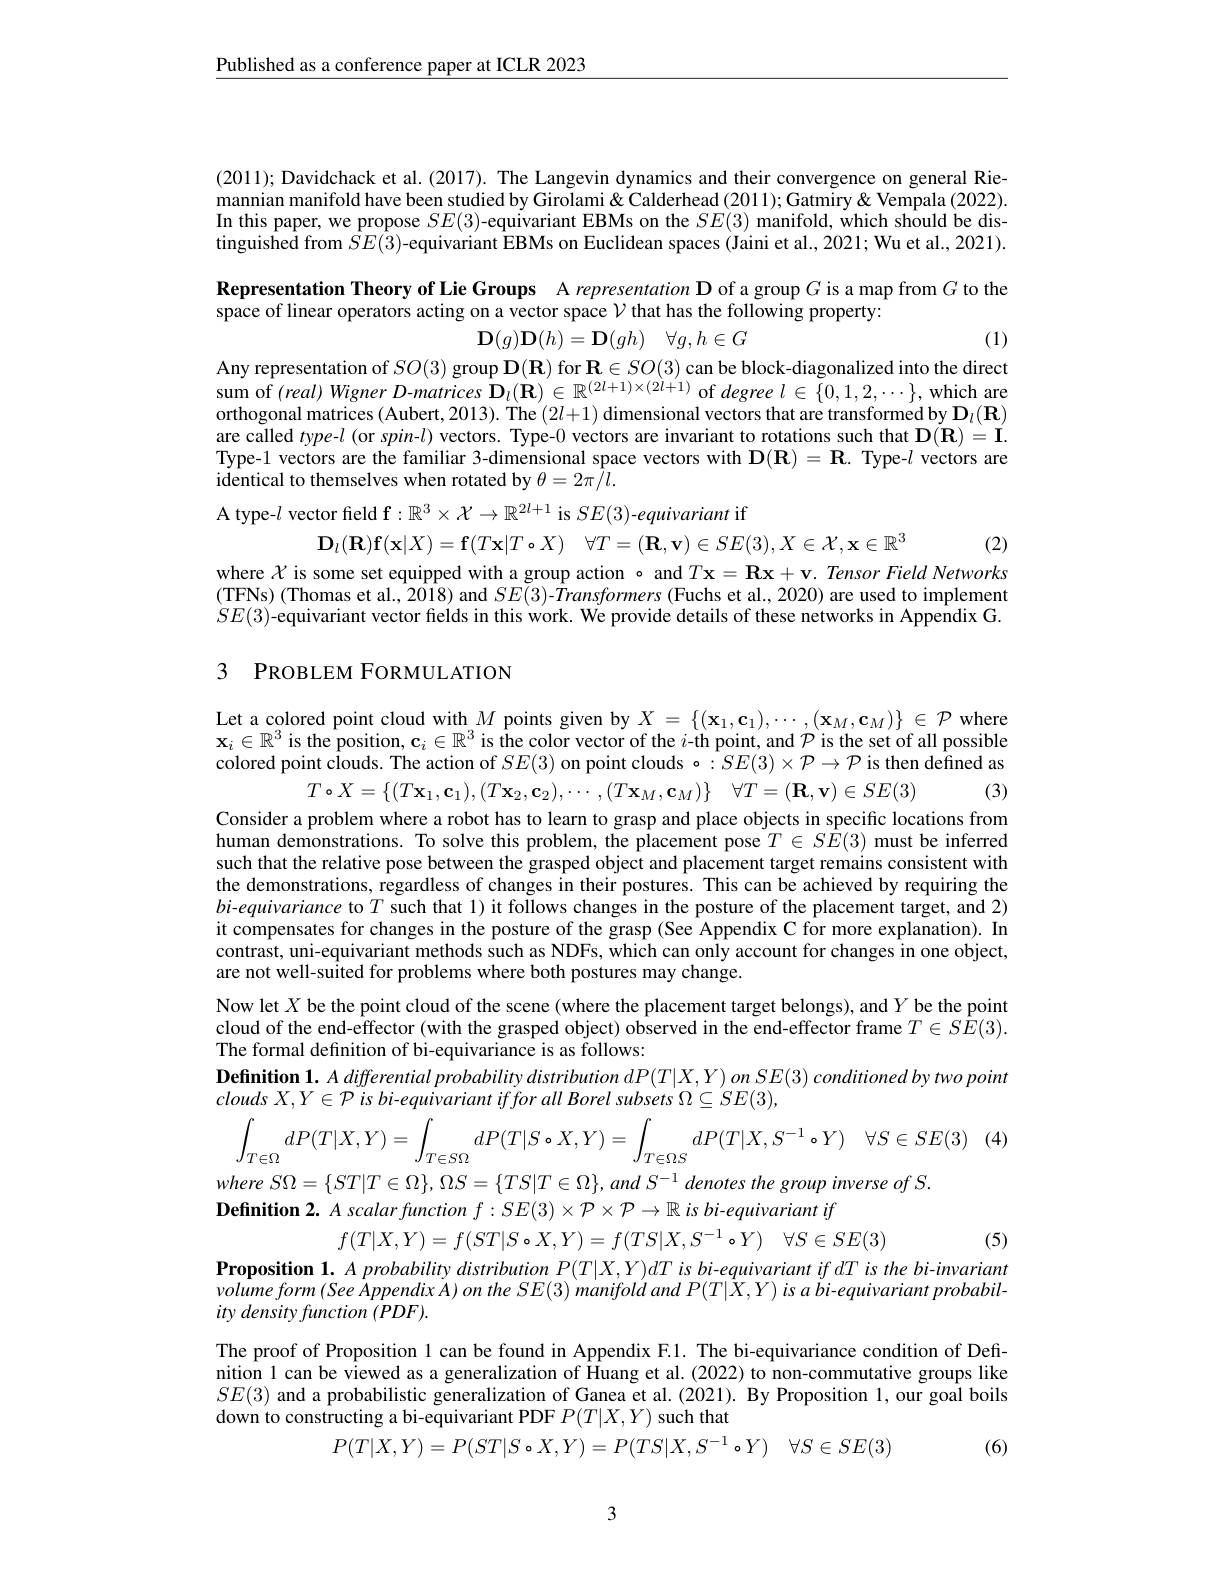
$\underline{\text{Published as a conference paper at ICLR 2023}}$

(2011); Davidchack et al. (2017). The Langevin dynamics and their convergence on general Riemannian manifold have been studied by Girolami& Calderhead (2011); Gatmiry & Vempala (2022). In this paper, we propose $SE(3)$-equivariant EBMs on the $SE(3)$ manifold, which should be distinguished from $\hat{S}E(3)$-equivariant ÊBMs on Euclidean spaces (Jaini et al., 2021; Wu et al., 2021).

Representation Theory of Lie Groups A representation D of a group $G$ is a map from $G$ to the

space of linear operators acting on a vector space $\mathcal{V}$ that has the following property:

(1)
$$\mathbf D(g)\mathbf D(h)=\mathbf D(gh)\quad\forall g,h\in G$$
Any representation of $SO(3)$ group $\mathbf{D}(\mathbf{R})$ for $\mathbf{R}\in SO(3)$ can be block-diagonalized into the direct sum of $(real)$ Wigner D-matrices $\mathbf{D}_l(\mathbf{R})\in\mathbb{R}^{(2l+1)\times(2l+1)}$ of degree $l\in \{ 0, 1, 2, \cdots \} $, which are orthogonal matrices (Aubert, 2013). The $(2l+1)$ dimensional vectors that are transformed by $\mathbf{D}_{l}(\mathbf{R})$ are called type-$l$ (or spin-$l$) vectors. Type-0 vectors are invariant to rotations such that $\mathbf{D}(\mathbf{R})=\mathbf{I}.$ Type-1 vectors are the familiar 3-dimensional space vectors with $\mathbf{D}(\mathbf{R})=\mathbf{R}.$ Type-$l$ vectors are identical to themselves when rotated by $\theta=2\pi\hat{l}.$

A type-$l$ vector field f$:\mathbb{R}^3\times\mathcal{X}\to\mathbb{R}^{2l+1}$ is $SE(3)$-equivariant if

(2)
$$\mathbf{D}_l(\mathbf{R})\mathbf{f}(\mathbf{x}|X)=\mathbf{f}(T\mathbf{x}|T\circ X)\quad\forall T=(\mathbf{R},\mathbf{v})\in SE(3),X\in\mathcal{X},\mathbf{x}\in\mathbb{R}^3$$
where $\mathcal{X}$ is some set equipped with a group action o and $T\mathbf{x} = \mathbf{R} \mathbf{x} + \mathbf{v} . \textit{ Tensor Field Networks}$ ( TFNs) ( Thomas et al. , 2018) and $SE( 3)$- $\hat{T} ransformers$( Fuchs et al. , 2020) are used to implement ( TFNs) ( Thomas et al. , 2018) and $SE( 3)$- $\hat{T} ransformers$( Fuchs et al. , 2020) are used to imp] ement $SE(3)$-equivariant vector fields in this work. We provide details of these networks in Appendix G.

## 3 PROBLEM FORMULATION

Let a colored point cloud with $M$ points given by $X=\{(\mathbf{x}_1,\mathbf{c}_1),\cdots,(\mathbf{x}_M,\mathbf{c}_M)\}\in\mathcal{P}$ where $\mathbf{x}_i\in\mathbb{R}^3$ is the position, $\mathbf{c}_i\in\mathbb{R}^3$ is the color vector of the $i$-th point, and $\mathcal{P}$ is the set of all possible colored point clouds. The action of $SE(3)$ on point clouds o$:SE(3)\times\mathcal{P}\to\mathcal{P}$ is then defined as
(3)
$$T\circ X=\{(T\mathbf{x}_1,\mathbf{c}_1),(T\mathbf{x}_2,\mathbf{c}_2),\cdots,(T\mathbf{x}_M,\mathbf{c}_M)\}\quad\forall T=(\mathbf{R},\mathbf{v})\in SE(3)$$
Consider a problem where a robot has to learn to grasp and place objects in specific locations from human demonstrations. To solve this problem, the placement pose $T\in S\hat{E}(3)$ must be inferred such that the relative pose between the grasped object and placement target remains consistent with the demonstrations, regardless of changes in their postures. This can be achieved by requiring the bi-equivariance to $T$ such that 1) it follows changes in the posture of the placement target, and 2) it compensates for changes in the posture of the grasp (See Appendix C for more explanation). In contrast, uni-equivariant methods such as NDFs, which can only account for changes in one object, are not well-suited for problems where both postures may change.
Now let $X$ be the point cloud of the scene (where the placement target belongs), and $Y$ be the point cloud of the end-effector (with the grasped object) observed in the end-effector frame $T\in S\hat{E}(3).$ The formal definition of bi-equivariance is as follows:
$\textbf{Definition 1. A differential probability distribution }dP( T| X, Y) \textit{on SE}( 3) \textit{conditioned by two point}$
clouds $X, Y\in \mathcal{P}$ $is$ $bi- equivariant$ iffor all Borel subsets $\Omega \subseteq SE( 3) $,
$$\int_{T\in\Omega}dP(T|X,Y)=\int_{T\in S\Omega}dP(T|S\circ X,Y)=\int_{T\in\Omega S}dP(T|X,S^{-1}\circ Y)\quad\forall S\in SE(3)$$
where $S\Omega = \{ ST| T\in \Omega \} $, $\Omega S= \{ TS| T\in \Omega \} $, and $S^{- 1}$ denotes the group inverse $of$ $S.$
Definition 2. $A\textit{scalarfunction }f: SE( 3) \times \mathcal{P} \times \mathcal{P} \to \mathbb{R} \textit{is bi- equivariant if}$
(5)
$$f(T|X,Y)=f(ST|S\circ X,Y)=f(TS|X,S^{-1}\circ Y)\quad\forall S\in SE(3)$$
Proposition $\mathbf{1. }A\textit{ probability distribution P}( T| X, Y) dT$ is bi-equivariant if dT is the bi-invariant $volumeform(SeeAppendixA)ontheSE(3)manifoldandP(T|X,Y)isabi-equivariantprobabil-$ ity density function (PDF).
The proof of Proposition 1 can be found in Appendix F.1. The bi-equivariance condition of Definition 1 can be viewed as a generalization of Huang et al. ( 2022) to non- commutative groups like nition 1 can be viewed as a generalization of Huang et al. ( 2022) to non- commutative groups lice $SE(3)$ and a probabilistic generalization of Ganea et al. (2021). By Proposition 1, our goal boils down to constructing a bi-equivariant PDF $P(T|X,Y)$ such that
$$P(T|X,Y)=P(ST|S\circ X,Y)=P(TS|X,S^{-1}\circ Y)\quad\forall S\in SE(3)$$
(6)

3